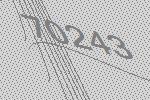
70243